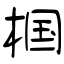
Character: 椢